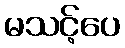
မသင့်ပေ